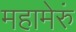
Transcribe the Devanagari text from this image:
महामेरुं